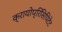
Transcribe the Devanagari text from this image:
क्रायोप्रिसिपिटेट